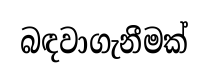
බඳවාගැනීමක්